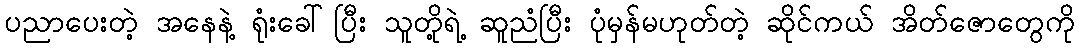
ပညာပေးတဲ့ အနေနဲ့ ရုံးခေါ်ပြီး သူတို့ရဲ့ ဆူညံပြီး ပုံမှန်မဟုတ်တဲ့ ဆိုင်ကယ် အိတ်ဇောတွေကို